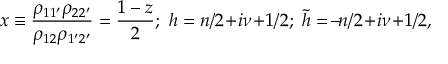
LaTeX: x \equiv \frac { \rho _ { 1 1 ^ { \prime } } \rho _ { 2 2 ^ { \prime } } } { \rho _ { 1 2 } \rho _ { 1 ^ { \prime } 2 ^ { \prime } } } = \frac { 1 - z } 2 ; \ h = n / 2 \! + \! i \nu \! + \! 1 / 2 ; \ \tilde { h } = \! - \! n / 2 \! + \! i \nu \! + \! 1 / 2 ,